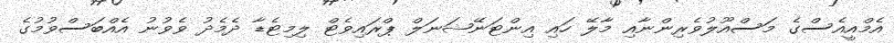
އެމްއީއެސްގެ މަސްއޫލުވެރިންނާއި މާލޭ ހައި އިންޓަނޭޝަނަލް ޕްރައިވެޓް ލިމިޓެޑާ ދެމެދު ވެވުނު އެއްބަސްވުމުގެ